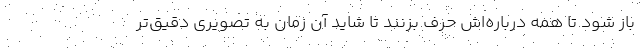
باز شود تا همه درباره‌اش حرف بزنند تا شاید آن زمان به تصویری دقیق‌تر